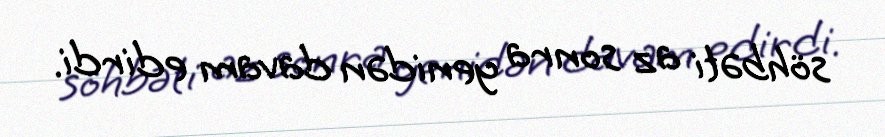
söhbəti az sonra yenidən davam edirdi.